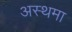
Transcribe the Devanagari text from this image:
अस्‍थमा